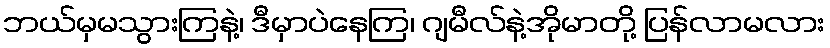
ဘယ်မှမသွားကြနဲ့၊ ဒီမှာပဲနေကြ၊ ဂျမီလ်နဲ့အိုမာတို့ ပြန်လာမလား